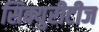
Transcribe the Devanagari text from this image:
सिक्युरीटीज